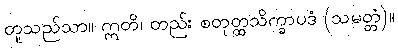
တူသည်သာ။ ဣတိ၊ တည်း စတုတ္ထသိက္ခာပဒံ (သမတ္တံ)။